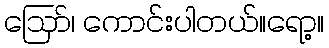
ဪ၊ ကောင်းပါတယ်။ရော့။